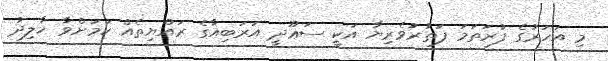
މި އަހަރުގެ ފުރަތަމަ ފަތުރުވެރިޔާ އަކީ ސަޢޫދީ އަރަބިއާގެ ރައްޔިތެއް ކަމަށްވާ ޚާލިދު